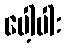
ပေါ့ပါး